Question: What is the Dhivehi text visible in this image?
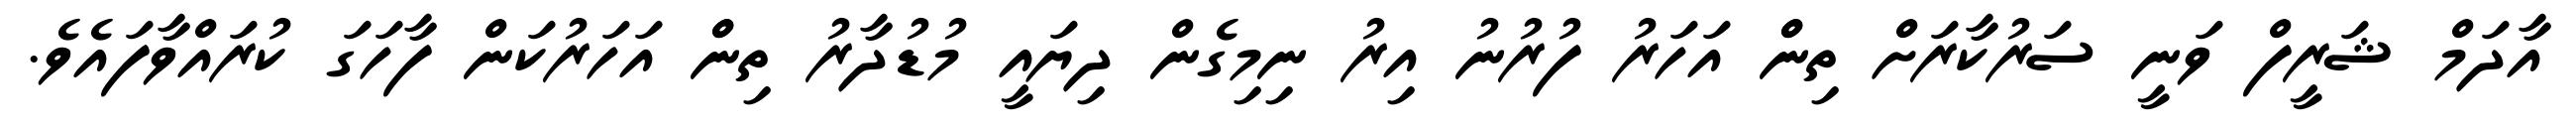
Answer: އާދަމް ޝަރީފް ވަނީ ސަރުކާރަށް ތިންް އަހަރު ފުރުނު އިރު ނިމިގެން ދިޔައީ މުޑުދާރު ތިންް އަހަރުކަން ފާހަގަ ކުރައްވާފައެވެ.